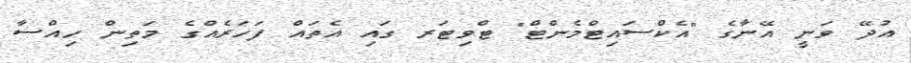
އުދޭ ވަނީ އޭނާގެ "އެކްސައިޓްމެންޓް" ޓްވިޓަރ ގައި އެތައް ފަހަރެއްގެ މަތިން ހިއްސާ